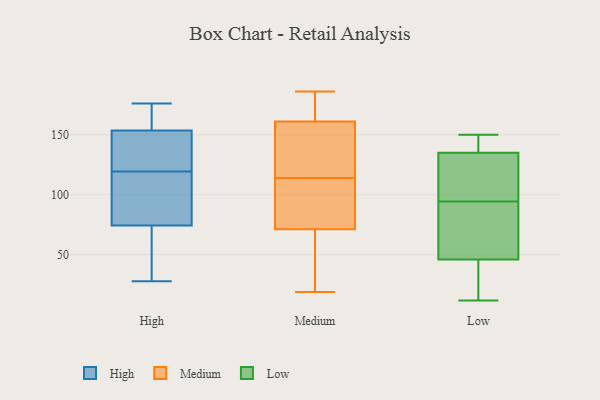
{"axis": {"x": "Shipments", "y": "Value"}, "legend": ["High", "Low", "Medium"], "data": [{"x": "", "y": 79, "type": "High"}, {"x": "", "y": 28, "type": "High"}, {"x": "", "y": 176, "type": "High"}, {"x": "", "y": 89, "type": "High"}, {"x": "", "y": 114, "type": "High"}, {"x": "", "y": 45, "type": "High"}, {"x": "", "y": 148, "type": "High"}, {"x": "", "y": 159, "type": "High"}, {"x": "", "y": 148, "type": "High"}, {"x": "", "y": 70, "type": "High"}, {"x": "", "y": 174, "type": "High"}, {"x": "", "y": 125, "type": "High"}, {"x": "", "y": 172, "type": "Medium"}, {"x": "", "y": 47, "type": "Medium"}, {"x": "", "y": 145, "type": "Medium"}, {"x": "", "y": 183, "type": "Medium"}, {"x": "", "y": 164, "type": "Medium"}, {"x": "", "y": 186, "type": "Medium"}, {"x": "", "y": 163, "type": "Medium"}, {"x": "", "y": 45, "type": "Medium"}, {"x": "", "y": 75, "type": "Medium"}, {"x": "", "y": 133, "type": "Medium"}, {"x": "", "y": 87, "type": "Medium"}, {"x": "", "y": 155, "type": "Medium"}, {"x": "", "y": 77, "type": "Medium"}, {"x": "", "y": 58, "type": "Medium"}, {"x": "", "y": 19, "type": "Medium"}, {"x": "", "y": 122, "type": "Medium"}, {"x": "", "y": 70, "type": "Medium"}, {"x": "", "y": 100, "type": "Medium"}, {"x": "", "y": 114, "type": "Medium"}, {"x": "", "y": 95, "type": "Low"}, {"x": "", "y": 125, "type": "Low"}, {"x": "", "y": 116, "type": "Low"}, {"x": "", "y": 93, "type": "Low"}, {"x": "", "y": 150, "type": "Low"}, {"x": "", "y": 46, "type": "Low"}, {"x": "", "y": 116, "type": "Low"}, {"x": "", "y": 12, "type": "Low"}, {"x": "", "y": 88, "type": "Low"}, {"x": "", "y": 146, "type": "Low"}, {"x": "", "y": 147, "type": "Low"}, {"x": "", "y": 45, "type": "Low"}, {"x": "", "y": 20, "type": "Low"}, {"x": "", "y": 87, "type": "Low"}, {"x": "", "y": 94, "type": "Low"}, {"x": "", "y": 135, "type": "Low"}, {"x": "", "y": 145, "type": "Low"}, {"x": "", "y": 21, "type": "Low"}]}